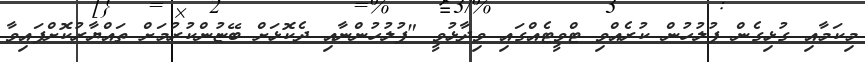
މިކަމާއި ގުޅިގެން ފުލުހުން ކުރެއްވި ޓްވީޓެއްގައި ވިދާޅުވީ "ފުލުހުންނާއި ދެކޮޅަށް ބޭޏުންކުރުމަށް ތައްޔާރުކޮށްފައިވާ